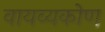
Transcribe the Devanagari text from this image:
वायव्यकोण